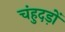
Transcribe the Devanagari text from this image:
चंहुदड़ों